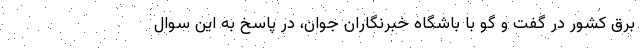
برق کشور در گفت و گو با باشگاه خبرنگاران جوان، در پاسخ به این سوال